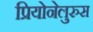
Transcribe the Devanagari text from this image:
प्रियोनेलुरुस